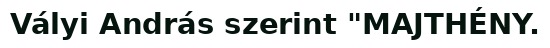
Vályi András szerint "MAJTHÉNY.